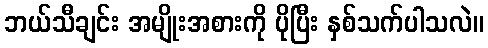
ဘယ်သီချင်း အမျိုးအစားကို ပိုပြီး နှစ်သက်ပါသလဲ။